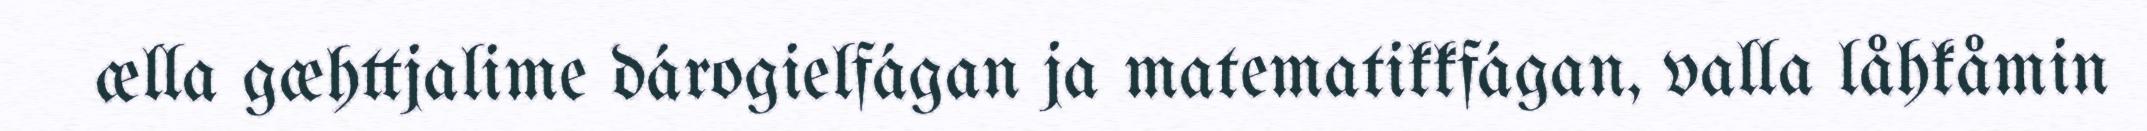
ælla gæhttjalime dárogielfágan ja matematikkfágan, valla låhkåmin